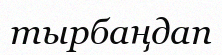
тырбаңдап